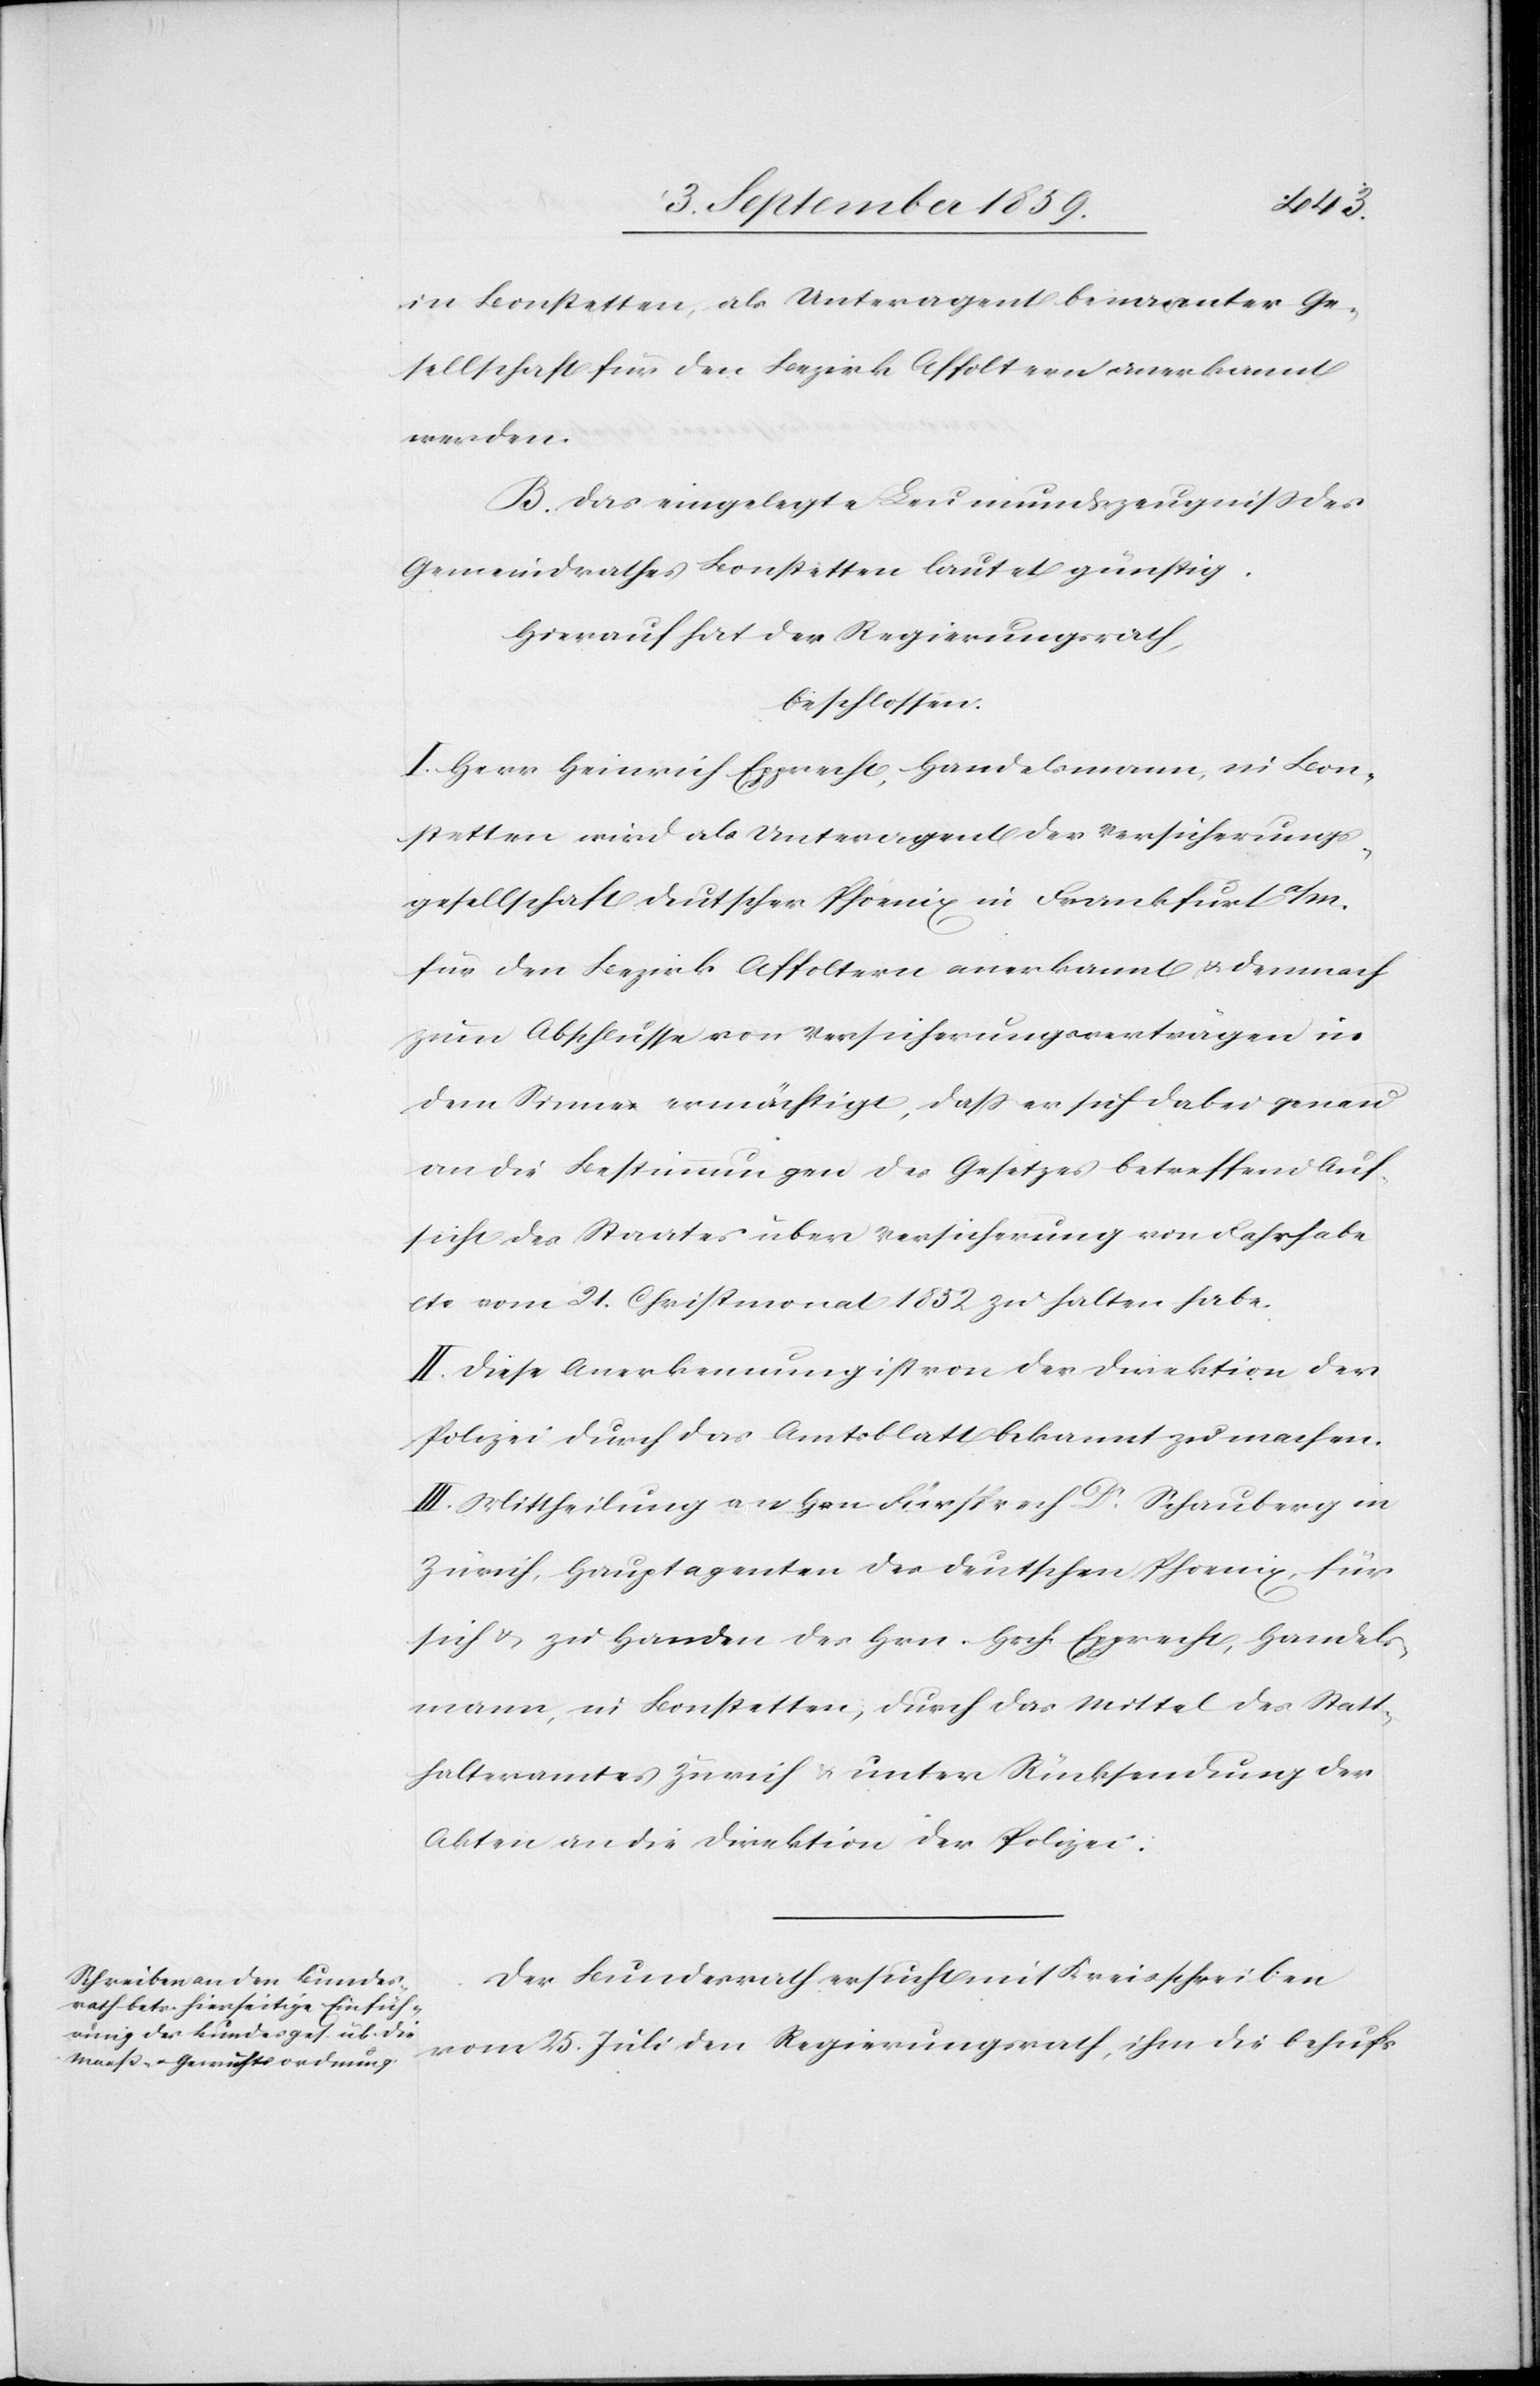
in Bonstetten, als Unteragent benannter Ge¬
sellschaft für den Bezirk Affoltern anerkannt
werden.
B. Das eingelegte Leumundszeugniß des
Gemeindrathes Bonstetten lautet günstig.
Hierauf hat der Regierungsrath,
beschlossen:
I. Herr Heinrich Epprecht, Handelsmann, in Bon¬
stetten wird als Unteragent der Versicherungs¬
gesellschaft deutscher Phoenix in Frankfurt a/M.
für den Bezirk Affoltern anerkannt & demnach
zum Abschlusse von Versicherungsverträgen in
dem Sinne ermächtigt, daß er sich dabei genau
an die Bestimmungen des Gesetzes betreffend Auf¬
sicht des Staates über Versicherung von Fahrhabe
etc. vom 21. Christmonat 1852 zu halten habe.
II. Diese Anerkennung ist von der Direktion der
Polizei durch das Amtsblatt bekannt zu machen.
III. Mittheilung an Hrn. Fürsprech Dr. Schauberg in
Zürich, Hauptagenten des deutschen Phoenix, für
sich & zu Handen des Hrn. Hch. Epprecht, Handels¬
mann, in Bonstetten, durch das Mittel des Statt¬
halteramtes Zürich & unter Rücksendung der
Akten an die Direktion der Polizei.
Der Bundesrath ersucht mit Kreisschreiben
vom 25. Juli den Regierungsrath, ihm die behufs